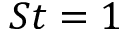
S t = 1